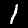
Digit: 1